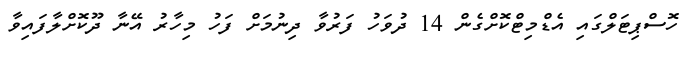
ހޮސްޕިޓަލްގައި އެޑްމިޓްކޮށްގެން 14 ދުވަހު ފަރުވާ ދިނުމަށް ފަހު މިހާރު އޭނާ ދޫކޮށްލާފައިވާ